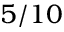
5 / 1 0